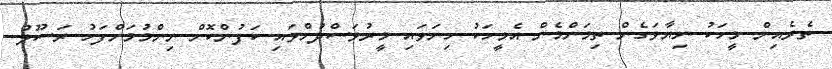
ތެރެއިން މީހަކު ނިޔާވަގެން ތިމަންމެން އެމީހަކު ހިނަވައި މީރުވަސްދުށްވައި ކަފުންކޮށް ނިންމުމަށްފަހު ރަސޫލު